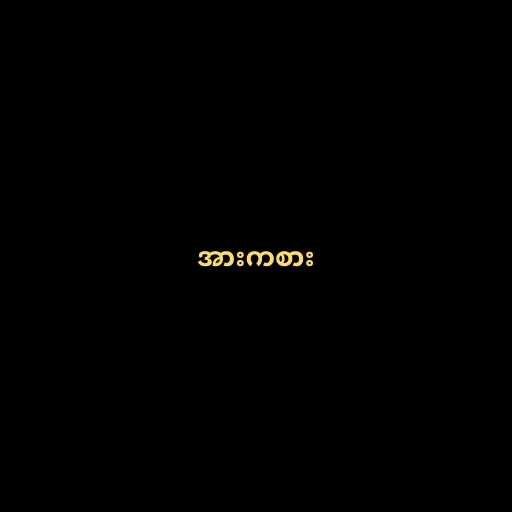
အားကစား